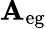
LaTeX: \mathbf{A}_{\mathrm{{eg}}}